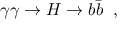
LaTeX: \gamma \gamma \to H \to b \bar { b } \; \; ,